Annual report on the mental hospital in the Central Provinces and Berar (Nagpur) - 1927-1951
Year: 1927
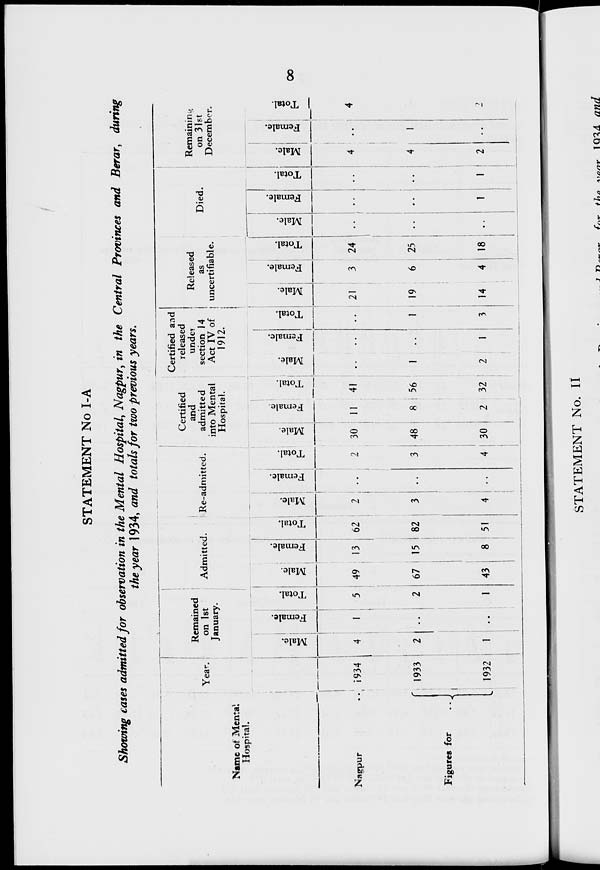
8
STATEMENT No I-A
Showing cases admitted for observation in the Mental Hospital, Nagpur, in the Central Provinces and Berar, during
the year 1934, and totals for two previous years.
Name of Mental
Hospital.
Nagpur ..
Figures for
..
Year.
1934
1933
1932
Remained
on 1st
January.
Male.
4
2
1
Female.
1
..
..
Total.
5
2
1
Admitted.
Male.
49
67
43
Female.
13
15
8
Total.
62
82
51
Re-admitted.
Male.
2
3
4
Female.
..
..
..
Total.
2
3
4
Certified
and
admitted
into Mental
Hospital.
Male.
30
48
30
Female.
11
8
2
Total.
41
56
32
Certified and
released
under
section 14
Act IV of
1912.
Male.
..
1
2
Female.
..
..
1
Total.
..
1
3
Released
as
uncertifiable.
Male.
21
19
14
Female.
3
6
4
Total.
24
25
18
Died.
Male.
..
..
..
Female.
..
..
1
Total.
..
..
1
Remaining
on 31st
December.
Male.
4
4
2
Female.
..
1
..
Total.
4
5
2